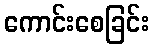
ကောင်းစေခြင်း